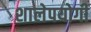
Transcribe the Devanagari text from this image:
शालेपयोगी